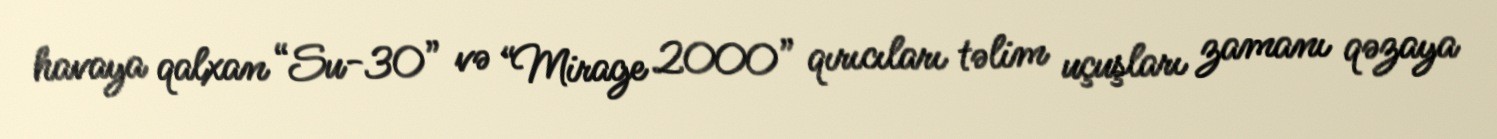
havaya qalxan “Su-30” və “Mirage 2000” qırıcıları təlim uçuşları zamanı qəzaya